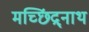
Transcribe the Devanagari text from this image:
मच्छिंद्र्नाथ